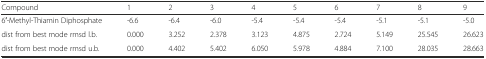
| Compound | 1 | 2 | 3 | 4 | 5 | 6 | 7 | 8 | 9 |
 | --- | --- | --- | --- | --- | --- | --- | --- | --- | --- |
 | 6′-Methyl-Thiamin Diphosphate | -6.6 | -6.4 | -6.0 | -5.4 | -5.4 | -5.4 | -5.1 | -5.1 | -5.0 |
 | dist from best mode rmsd l.b. | 0.000 | 3.252 | 2.378 | 3.123 | 4.875 | 2.724 | 5.149 | 25.545 | 26.623 |
 | dist from best mode rmsd u.b. | 0.000 | 4.402 | 5.402 | 6.050 | 5.978 | 4.884 | 7.100 | 28.035 | 28.663 |